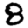
Digit: 8